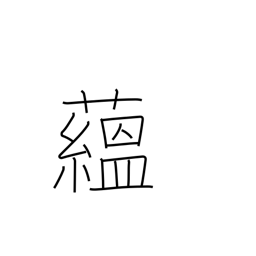
Meaning: pile up